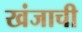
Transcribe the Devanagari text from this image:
खंजाची